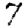
Digit: 7